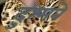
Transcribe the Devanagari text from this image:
दुश्मने